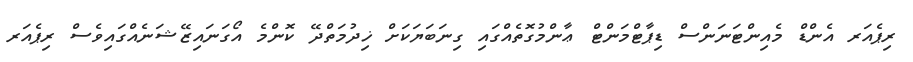
ރިޕެއަރ އެންޑް މެއިންޓަނަންސް ޑިޕާޓްމަންޓް ޢާންމުގޮތެއްގައި ގިނަބަޔަކަށް ޚިދުމަތްދޭ ކޮންމެ އޯގަނައިޒޭޝަނެއްގައިވެސް ރިޕެއަރ